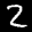
Label: 2